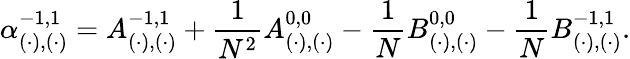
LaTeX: \alpha_{(\cdot),(\cdot)}^{-1,1}=A_{(\cdot),(\cdot)}^{-1,1}+\frac{1}{N^{2}}A_{(\cdot),(\cdot)}^{0,0}-\frac{1}{N}B_{(\cdot),(\cdot)}^{0,0}-\frac{1}{N}B_{(\cdot),(\cdot)}^{-1,1}.